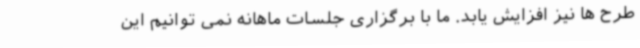
طرح ها نیز افزایش یابد. ما با برگزاری جلسات ماهانه نمی توانیم این